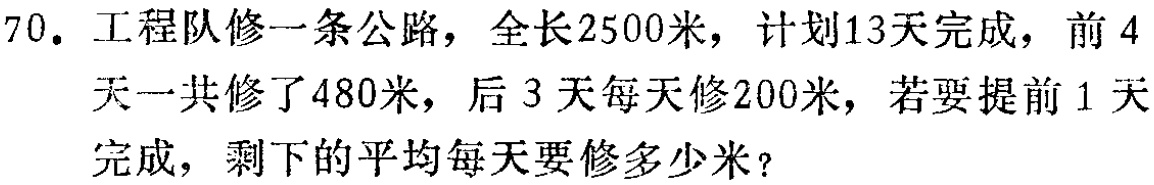
70. 工程队修一条公路，全长2500米，计划13天完成，前4天一共修了480米，后3天每天修200米，若要提前1天完成，剩下的平均每天要修多少米？